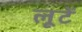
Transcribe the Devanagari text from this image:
लूटें